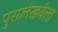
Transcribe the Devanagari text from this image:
पुरालेखवेत्ता